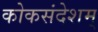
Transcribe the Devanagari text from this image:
कोकसंदेशम्